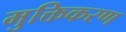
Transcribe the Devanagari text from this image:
मुक्तिकरण